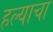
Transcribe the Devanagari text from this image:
हल्याचा